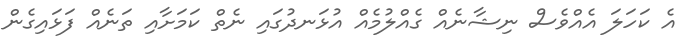
އެ ކަހަލަ އެއްވެސް ނިޝާނެއް ގެއްލުމެއް އުޅަނދުގައި ނެތް ކަމަށާއި ތަނެއް ފަޅައިގެން